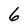
Character: 6